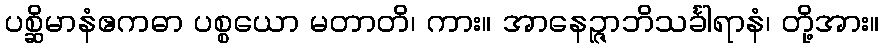
ပစ္ဆိမာနံဧကဓာ ပစ္စယော မတာတိ၊ ကား။ အာနေဉ္ဇာဘိသင်္ခါရာနံ၊ တို့အား။